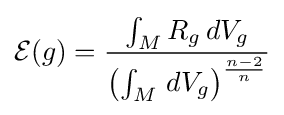
{\mathcal {E}}(g)={\frac {\int _{M}R_{g}\,dV_{g}}{\left(\int _{M}\,dV_{g}\right)^{\frac {n-2}{n}}}}